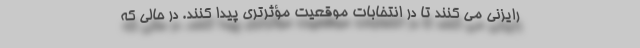
رایزنی می کنند تا در انتخابات موقعیت مؤثرتری پیدا کنند. در حالی که